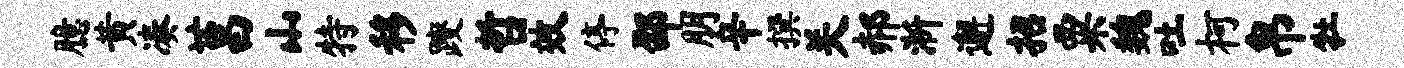
臆黄凑莒山特移躞哲效停邵朋辛撰关郝淅邂招粟魏吐柯帛牡